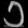
Digit: ၁